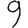
Digit: 9